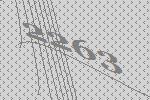
2263